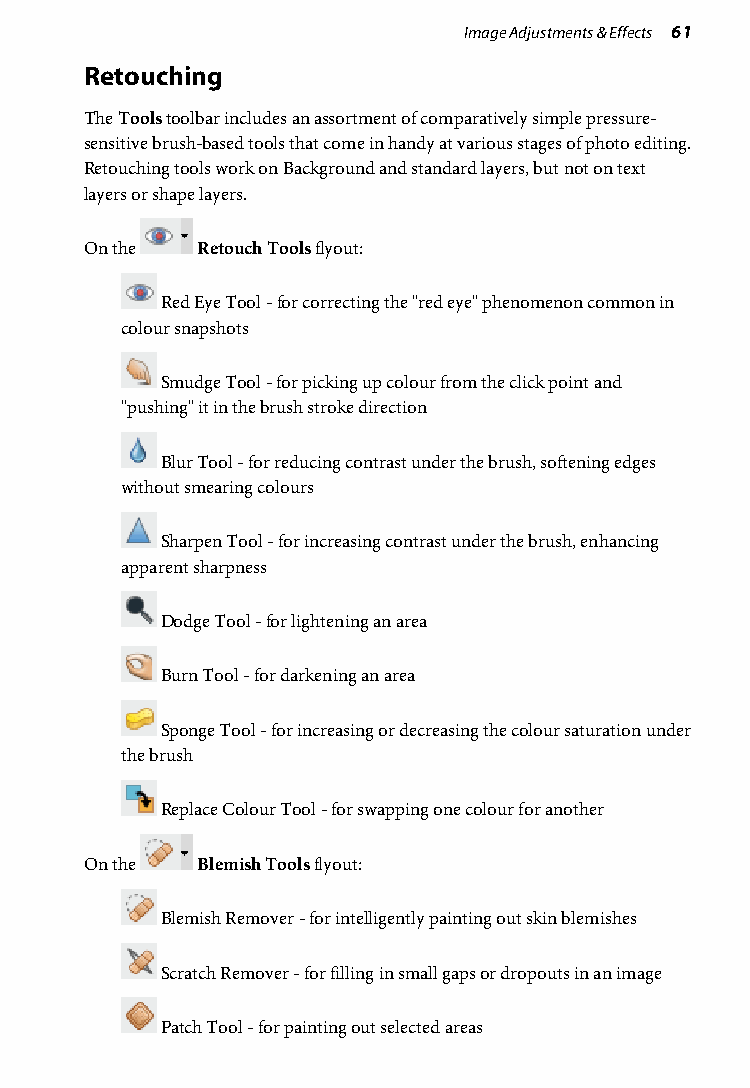
Image Adjustments & Effects 61
 Retouching
 The Tools toolbar includes an assortment of comparatively simple pressure-
 sensitive brush-based tools that come in handy at various stages of photo editing.
 Retouching tools work on Background and standard layers, but not on text
 layers or shape layers.
 On the Retouch Tools flyout:
 Red Eye Tool - for correcting the "red eye" phenomenon common in
 colour snapshots
 Smudge Tool - for picking up colour from the click point and
 "pushing" it in the brush stroke direction
 Blur Tool - for reducing contrast under the brush, softening edges
 without smearing colours
 Sharpen Tool - for increasing contrast under the brush, enhancing
 apparent sharpness
 Dodge Tool - for lightening an area
 Burn Tool - for darkening an area
 Sponge Tool - for increasing or decreasing the colour saturation under
 the brush
 Replace Colour Tool - for swapping one colour for another
 On the Blemish Tools flyout:
 Blemish Remover - for intelligently painting out skin blemishes
 Scratch Remover - for filling in small gaps or dropouts in an image
 Patch Tool - for painting out selected areas